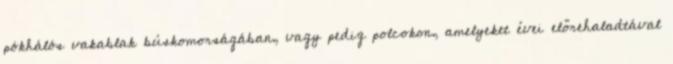
pókhálós vakablak búskomorságában, vagy pedig polcokon, amelyeket évei előrehaladtával